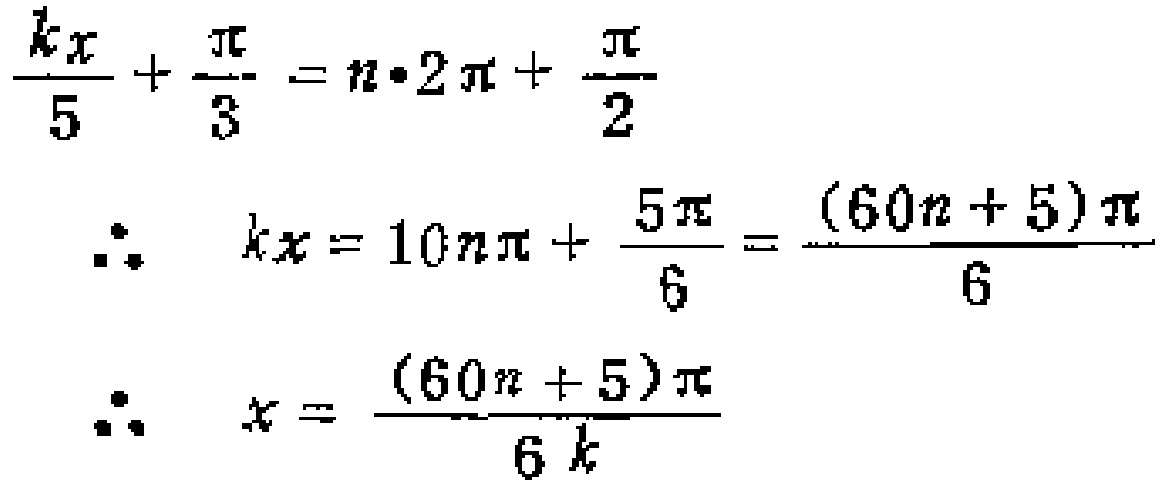
\[\frac{kx}{5}+\frac{\pi}{3}=n\cdot2\pi+\frac{\pi}{2}\]
\[\therefore kx = 10n\pi+\frac{5\pi}{6}=\frac{(60n + 5)\pi}{6}\]
\[\therefore x=\frac{(60n + 5)\pi}{6k}\]